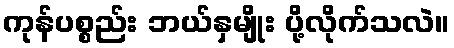
ကုန်ပစ္စည်း ဘယ်နှမျိုး ပို့လိုက်သလဲ။